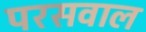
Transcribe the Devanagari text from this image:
परसवाल